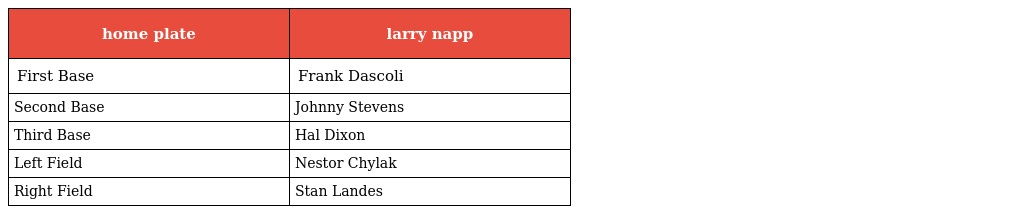
| home plate | larry napp |
 | --- | --- |
 | First Base | Frank Dascoli |
 | Second Base | Johnny Stevens |
 | Third Base | Hal Dixon |
 | Left Field | Nestor Chylak |
 | Right Field | Stan Landes |